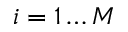
i = 1 \ldots M